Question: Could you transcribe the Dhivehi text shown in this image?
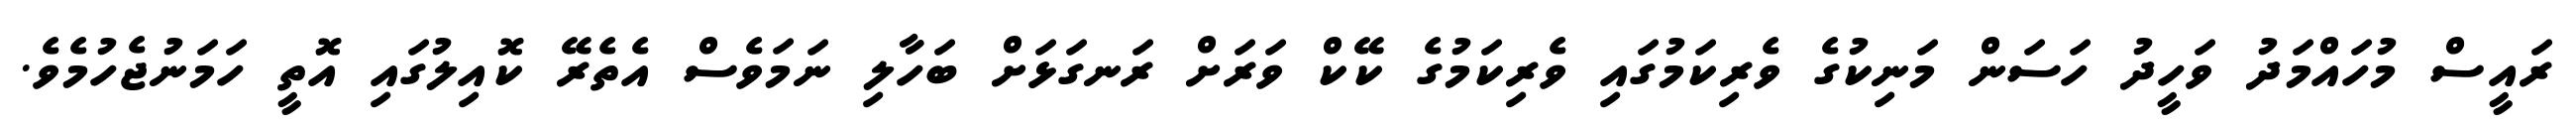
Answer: ރައީސް މުހައްމަދު ވަހީދު ހަސަން މަނިކުގެ ވެރިކަމުގައި ވެރިކަމުގެ ކޭކް ވަރަށް ރަނގަޅަށް ބަހާލި ނަމަވެސް އެތެރޭ ކޮއިލުގައި އޮތީ ހަމަނުޖެހުމެވެ.